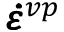
\pmb { \dot { \varepsilon } } ^ { v p }